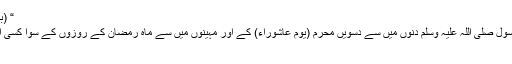
“ (بخاری: ایضاً ؛ ۲۰۰۴/مسلم؛۱۱۳۰)
”میں نے نہیں دیکھا کہ اللہ کے رسول صلی اللہ علیہ وسلم دنوں میں سے دسویں محرم (یوم عاشوراء) کے اور مہینوں میں سے ماہِ رمضان کے روزوں کے سوا کسی اور روزے کو افضل سمجھ کر اس
کا اہتمام کرتے ہوں۔